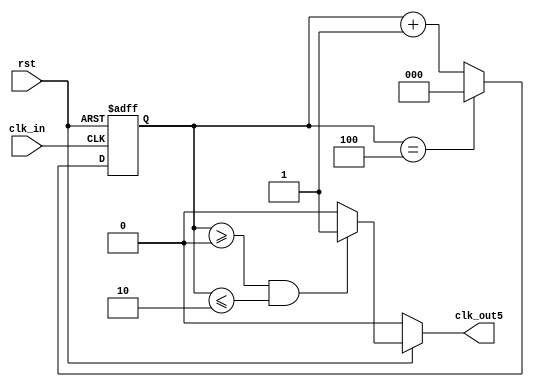
`timescale 1ns / 1ps
//////////////////////////////////////////////////////////////////////////////////
// Company: 
// Engineer: 
// 
// Design Name: 
// Module Name: odd_div
// Project Name: 
// Target Devices: 
// Tool Versions: 
// Description: 
// 
// Dependencies: 
// 
// Revision:
// Revision 0.01 - File Created
// Additional Comments:
// 
//////////////////////////////////////////////////////////////////////////////////

module odd_div (
    input     wire rst ,
    input     wire clk_in,
    output    wire clk_out5
);

reg     [2 : 0] clkInCounter;

always @(posedge clk_in or negedge rst)
    if(!rst)
        clkInCounter <= 3'd0;
    else if(clkInCounter == 3'd4)
        clkInCounter <= 3'd0;
    else
        clkInCounter <= clkInCounter + 3'd1;

assign clk_out5 = (!rst) ? 1'b0 : ((clkInCounter >= 3'd0 && clkInCounter <= 3'd2) ? 1'b1 : 1'b0);

endmodule